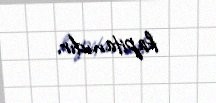
kapitanıdır.